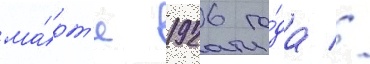
ма́рт'е 1926 го́да //